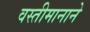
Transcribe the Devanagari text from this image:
वस्तीमानाने